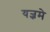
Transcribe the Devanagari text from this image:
यज्ञमे